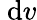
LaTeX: \mathrm{~d}v